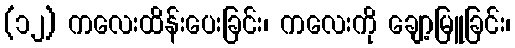
(၁၂) ကလေးထိန်းပေးခြင်း၊ ကလေးကို ချော့မြူခြင်း၊